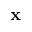
\mathbf { x }